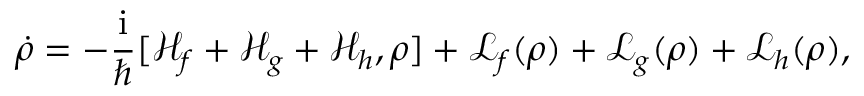
\dot { \rho } = - \frac { \mathrm { i } } { \hbar } [ \mathcal { H } _ { f } + \mathcal { H } _ { g } + \mathcal { H } _ { h } , \rho ] + \mathcal { L } _ { f } ( \rho ) + \mathcal { L } _ { g } ( \rho ) + \mathcal { L } _ { h } ( \rho ) ,